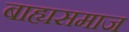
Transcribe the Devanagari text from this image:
बाह्यसमाज